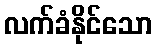
လက်ခံနိုင်သော